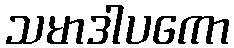
သမာဒါပကော